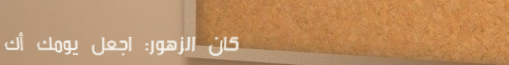
دكان الزهور: اجعل يومك أك